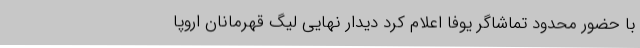
با حضور محدود تماشاگر یوفا اعلام کرد دیدار نهایی لیگ قهرمانان اروپا